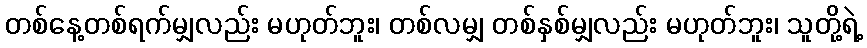
တစ်နေ့တစ်ရက်မျှလည်း မဟုတ်ဘူး၊ တစ်လမျှ တစ်နှစ်မျှလည်း မဟုတ်ဘူး၊ သူတို့ရဲ့